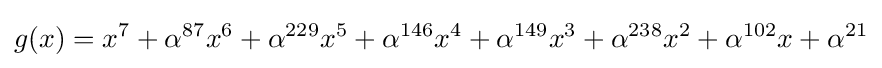
g(x)=x^{7}+\alpha ^{87}x^{6}+\alpha ^{229}x^{5}+\alpha ^{146}x^{4}+\alpha ^{149}x^{3}+\alpha ^{238}x^{2}+\alpha ^{102}x+\alpha ^{21}